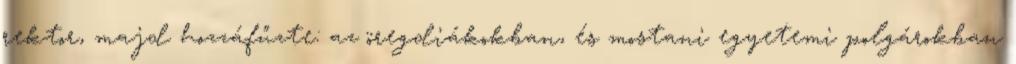
rektor, majd hozzáfűzte: az öregdiákokban, és mostani egyetemi polgárokban